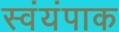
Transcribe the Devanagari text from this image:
स्वंयंपाक